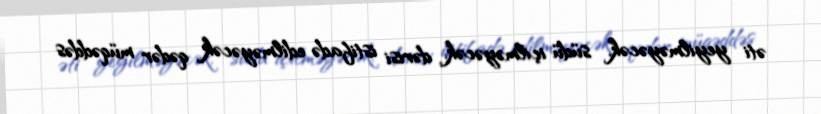
əti yeyilməyəcək, südü içilməyəcək, dərisi istifadə edilməyəcək qədər müqəddəs